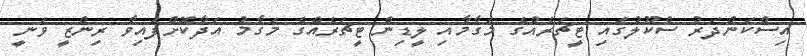
އިސްކަންދަރު ސްކޫލުގައި ޓީޗަރެއްގެ މަގާމާއި ލީޑިން ޓީޗަރެއްގެ މަގާމު އަދާކޮށްފައިވާ ރިންޒީ ވަނީ